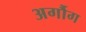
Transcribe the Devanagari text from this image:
अर्गौग